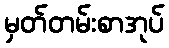
မှတ်တမ်းစာအုပ်